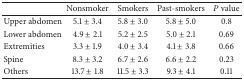
<table><thead><tr><td><b> </b></td><td><b>Nonsmoker</b></td><td><b>Smokers</b></td><td><b>Past-smokers</b></td><td><b><i>P</i> value</b></td></tr></thead><tbody><tr><td>Upper abdomen</td><td>5.1 ± 3.4</td><td>5.8 ± 3.0</td><td>5.8 ± 5.0</td><td>0.8</td></tr><tr><td>Lower abdomen</td><td>4.9 ± 2.1</td><td>5.2 ± 2.5</td><td>5.0 ± 2.1</td><td>0.69</td></tr><tr><td>Extremities</td><td>3.3 ± 1.9</td><td>4.0 ± 3.4</td><td>4.1 ± 3.8</td><td>0.66</td></tr><tr><td>Spine </td><td>8.3 ± 3.2</td><td>6.7 ± 2.6</td><td>6.6 ± 2.2</td><td>0.23</td></tr><tr><td>Others </td><td>13.7 ± 1.8</td><td>11.5 ± 3.3</td><td>9.3 ± 4.1</td><td>0.11</td></tr></tbody></table>